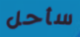
سأحل